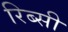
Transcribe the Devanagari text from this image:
रिब्सी